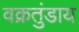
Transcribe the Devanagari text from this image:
वक्रतुंडाय